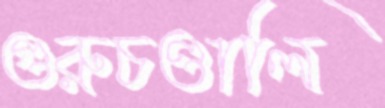
গুরুচণ্ডালি